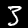
Digit: 3